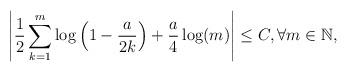
LaTeX: \begin{align*}\left| \frac{1}{2} \sum_{k=1}^m \log\left(1 - \frac{a}{2k} \right) + \frac{a}{4} \log(m) \right| \leq C, \forall m \in \mathbb{N},\end{align*}